Report on the working of the mental hospitals for Indians in Bihar and Orissa - 1925-1929
Year: 1925
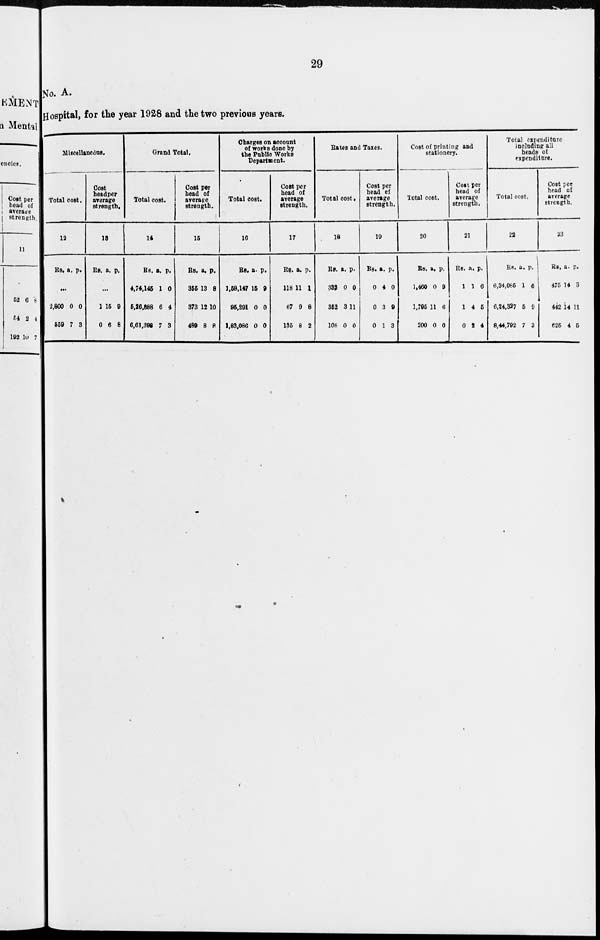
29
No. A.
Hospital, for the year 1928 and the two previous years.
Miscellaneous.
Total cost.
12
Rs. a. p.
...
2,800
559
0
7
0
3
Cost
head per
average
strength.
13
Rs. a. p.
...
1
0
15
6
9
8
Grand Total.
Total cost.
14
Rs.
4,74,145
5,26,888
6,61,398
a.
1
6
7
p.
0
4
3
Cost per
head of
average
strength.
15
Rs.
355
373
489
a.
13
12
8
p.
8
10
8
Charges on account
of works done by
the Public Works
Department.
Total cost.
16
Rs.
1,58,147
95,291
1,83,086
a.
15
0
0
p.
9
0
0
Cost per
head of
average
strength.
17
Rs.
118
67
135
a.
11
9
8
p.
1
8
2
Rates and Taxes.
Total cost.
18
Rs.
332
352
108
a.
0
3
0
p.
0
11
0
Cost per
head of
average
strength.
19
Rs.
0
0
0
a.
4
3
1
p.
0
9
3
Cost of printing and
stationery.
Total cost.
20
Rs.
1,460
1,795
200
a.
0
11
0
p.
9
6
0
Cost per
head of
average
strength.
21
Rs.
1
1
0
a.
1
4
2
p.
6
5
4
Total expenditure
including all
heads of
expenditure.
Total cost.
22
Rs.
6,34,085
6,24,327
8,44,792
a.
1
5
7
p.
6
9
3
Cost pet
head of
average
strength.
23
Rs.
475
442
625
a.
14
14
4
p.
3
11
5